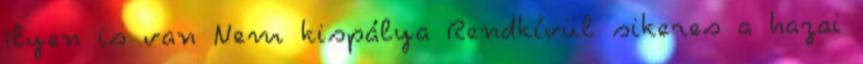
Ilyen is van Nem kispálya Rendkívül sikeres a hazai